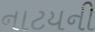
નાટયની